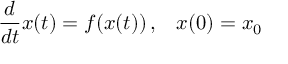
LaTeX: { \frac { d } { d t } } x ( t ) = f ( x ( t ) ) \, \mathrm { , } \quad x ( 0 ) = x _ { 0 }